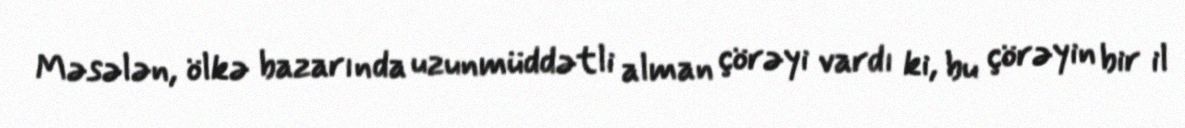
Məsələn, ölkə bazarında uzunmüddətli alman çörəyi vardı ki, bu çörəyin bir il